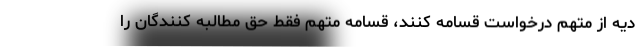
دیه از متهم درخواست قسامه کنند، قسامه متهم فقط حق مطالبه کنندگان را